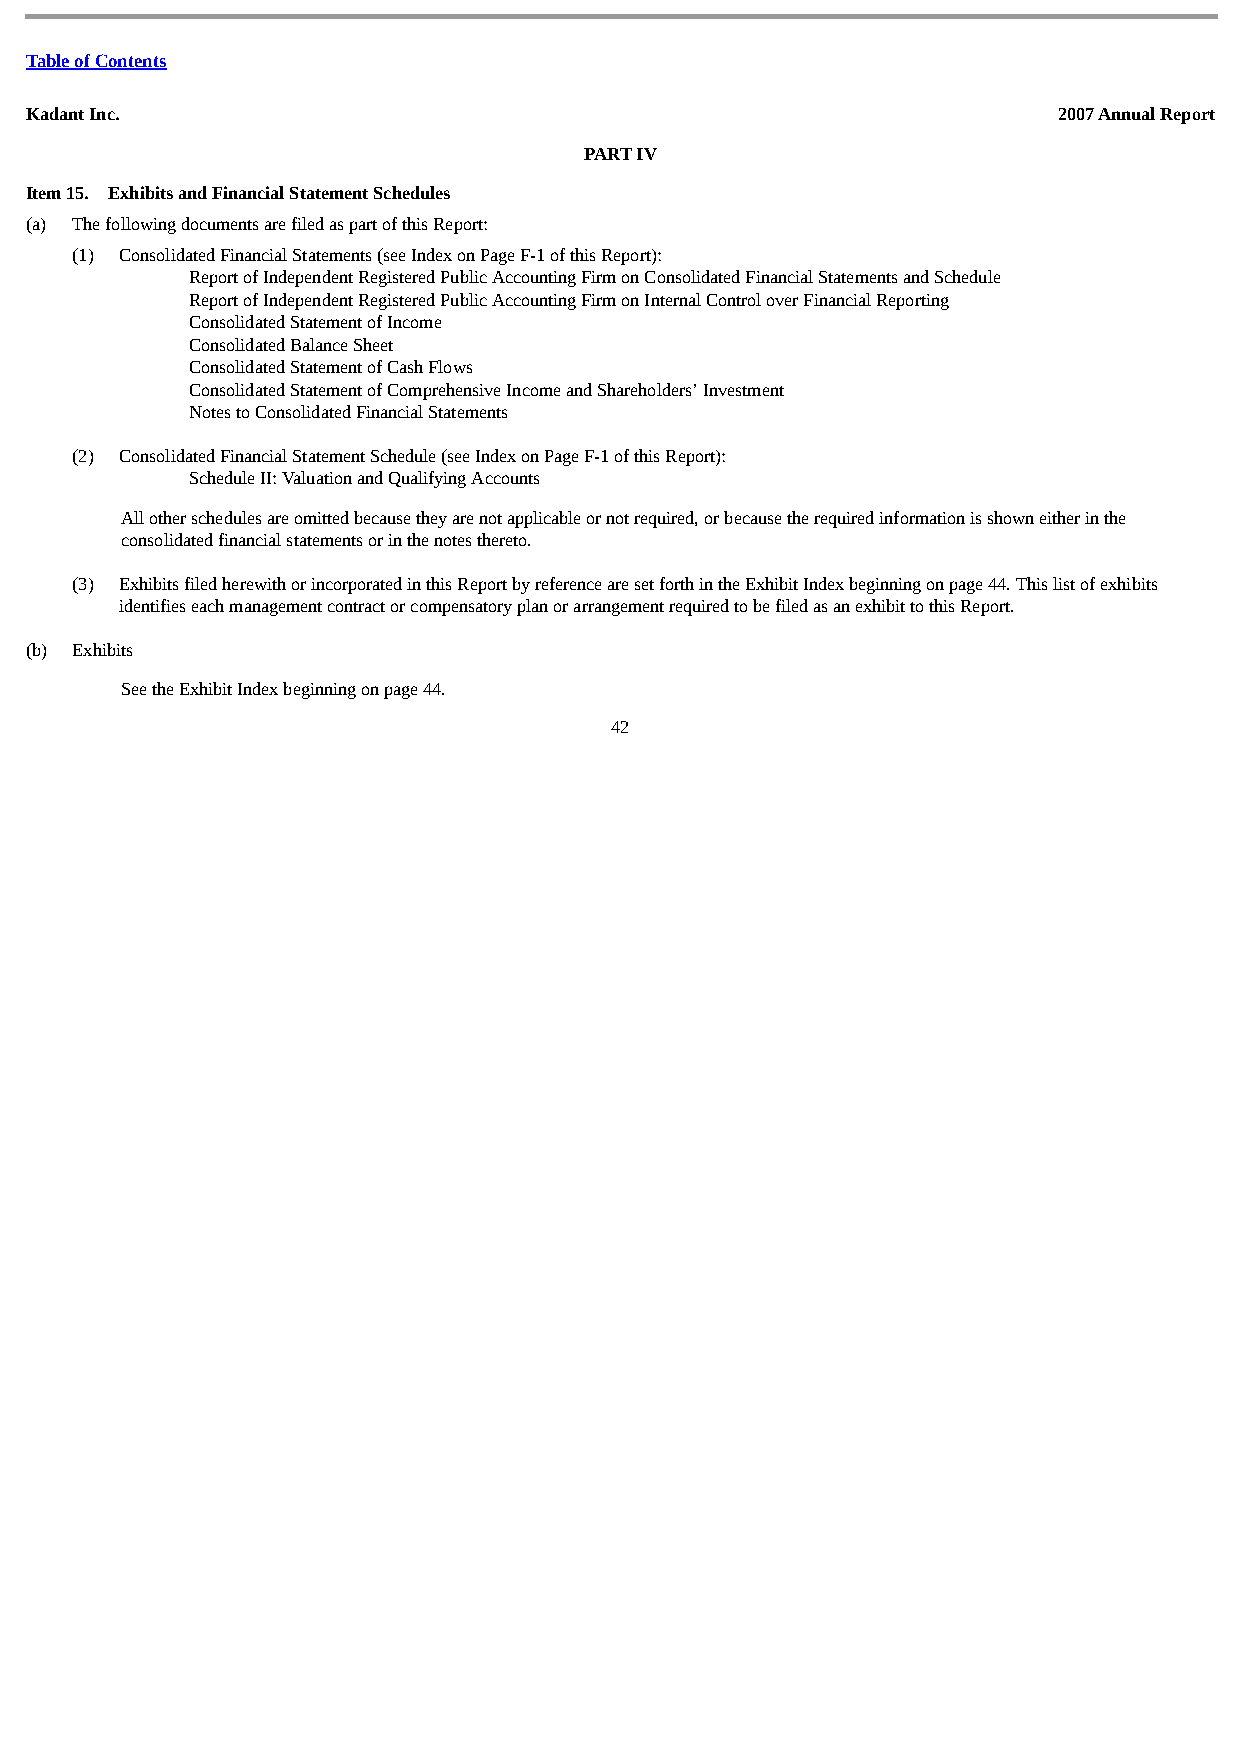
Table of Contents
 Kadant Inc.                                                         2007 Annual Report
 PART IV
 Item 15. Exhibits and Financial Statement Schedules
 (a) The following documents are filed as part of this Report:
 (1) Consolidated Financial Statements (see Index on Page F-1 of this Report):
 Report of Independent Registered Public Accounting Firm on Consolidated Financial Statements and Schedule
 Report of Independent Registered Public Accounting Firm on Internal Control over Financial Reporting
 Consolidated Statement of Income
 Consolidated Balance Sheet
 Consolidated Statement of Cash Flows
 Consolidated Statement of Comprehensive Income and Shareholders’ Investment
 Notes to Consolidated Financial Statements
 (2) Consolidated Financial Statement Schedule (see Index on Page F-1 of this Report):
 Schedule II: Valuation and Qualifying Accounts
 All other schedules are omitted because they are not applicable or not required, or because the required information is shown either in the
 consolidated financial statements or in the notes thereto.
 (3) Exhibits filed herewith or incorporated in this Report by reference are set forth in the Exhibit Index beginning on page 44. This list of exhibits
 identifies each management contract or compensatory plan or arrangement required to be filed as an exhibit to this Report.
 (b) Exhibits
 See the Exhibit Index beginning on page 44.
 42